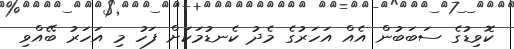
ކޮވިޑުގެ ސަބަބުން އެއް އަހަރުގެ މެދު ކެނޑުމަކަށް ފަހު މި އަހަރު ބޭއްވި